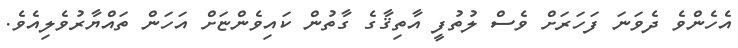
އެހެންވެ ދެވަނަ ފަހަރަށް ވެސް ލުތުފީ އާތިޤާގެ ގާތުން ކައިވެންޏަށް އަހަން ތައްޔާރުވެލިއެވެ.